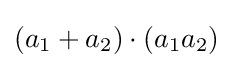
(a_{1}+a_{2})\cdot (a_{1}a_{2})